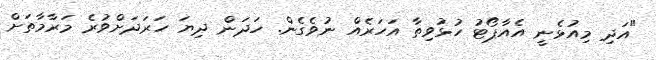
"އަދި މިއުޅެނީ އެއާޕޯޓު ހުޅުވިތާ އަހަރެއް ނުވެގެން. ހަދަން ދިޔަ ހަރަދަށްވުރެ މަރާމާތަށް